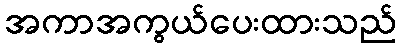
အကာအကွယ်ပေးထားသည်